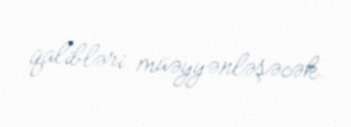
qalibləri müəyyənləşəcək.